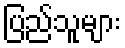
ပြည်သူများ